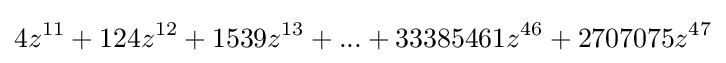
4z^{11}+124z^{12}+1539z^{13}+...+33385461z^{46}+2707075z^{47}